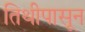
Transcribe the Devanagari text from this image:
तिथीपासून